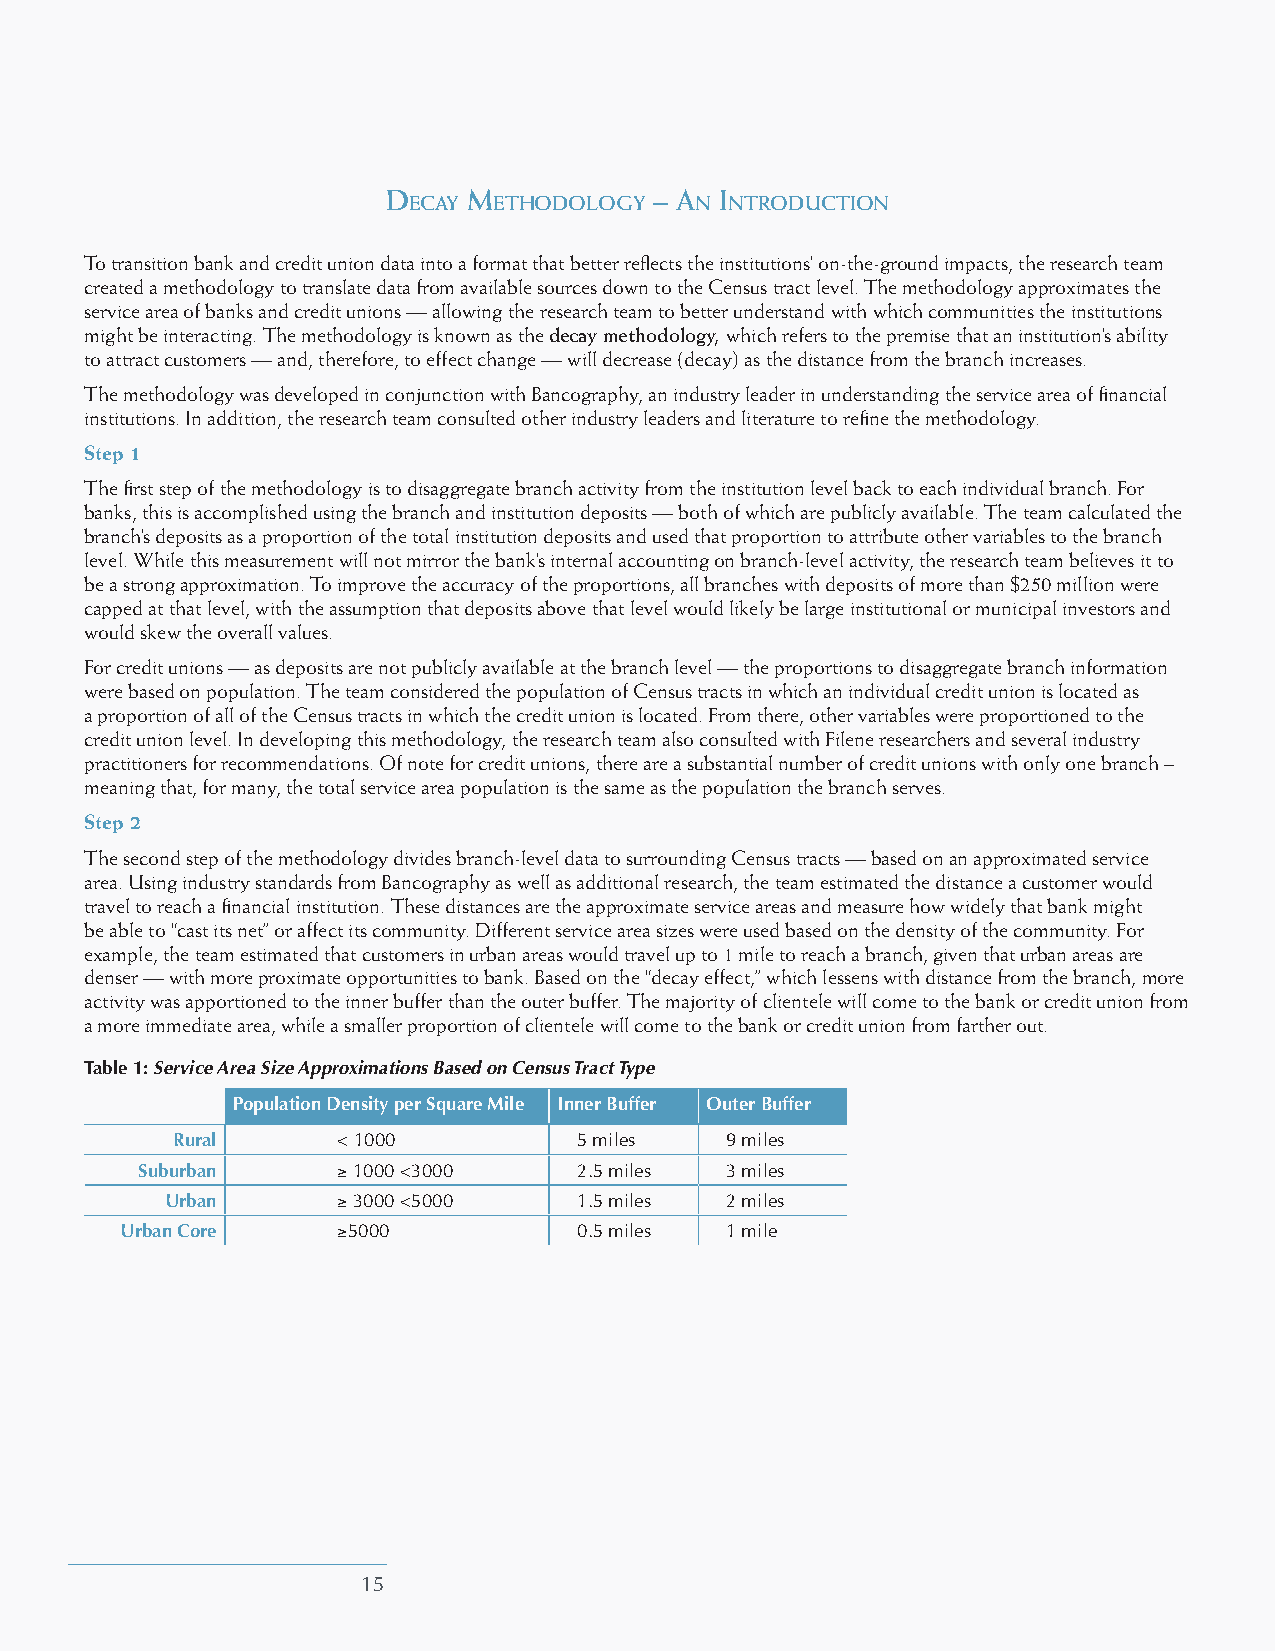
d    m           – a  I
 ecay  eThodology   n nTroducTIon
 To transition bank and credit union data into a format that better reflects the institutions’ on-the-ground impacts, the research team
 created a methodology to translate data from available sources down to the Census tract level. The methodology approximates the
 service area of banks and credit unions — allowing the research team to better understand with which communities the institutions
 might be interacting. The methodology is known as the decay methodology, which refers to the premise that an institution’s ability
 to attract customers — and, therefore, to effect change — will decrease (decay) as the distance from the branch increases.
 The methodology was developed in conjunction with Bancography, an industry leader in understanding the service area of financial
 institutions. In addition, the research team consulted other industry leaders and literature to refine the methodology.
 Step 1
 The first step of the methodology is to disaggregate branch activity from the institution level back to each individual branch. For
 banks, this is accomplished using the branch and institution deposits — both of which are publicly available. The team calculated the
 branch’s deposits as a proportion of the total institution deposits and used that proportion to attribute other variables to the branch
 level. While this measurement will not mirror the bank’s internal accounting on branch-level activity, the research team believes it to
 be a strong approximation. To improve the accuracy of the proportions, all branches with deposits of more than $250 million were
 capped at that level, with the assumption that deposits above that level would likely be large institutional or municipal investors and
 would skew the overall values.
 For credit unions — as deposits are not publicly available at the branch level — the proportions to disaggregate branch information
 were based on population. The team considered the population of Census tracts in which an individual credit union is located as
 a proportion of all of the Census tracts in which the credit union is located. From there, other variables were proportioned to the
 credit union level. In developing this methodology, the research team also consulted with Filene researchers and several industry
 practitioners for recommendations. Of note for credit unions, there are a substantial number of credit unions with only one branch –
 meaning that, for many, the total service area population is the same as the population the branch serves.
 Step 2
 The second step of the methodology divides branch-level data to surrounding Census tracts — based on an approximated service
 area. Using industry standards from Bancography as well as additional research, the team estimated the distance a customer would
 travel to reach a financial institution. These distances are the approximate service areas and measure how widely that bank might
 be able to “cast its net” or affect its community. Different service area sizes were used based on the density of the community. For
 example, the team estimated that customers in urban areas would travel up to 1 mile to reach a branch, given that urban areas are
 denser — with more proximate opportunities to bank. Based on the “decay effect,” which lessens with distance from the branch, more
 activity was apportioned to the inner buffer than the outer buffer. The majority of clientele will come to the bank or credit union from
 a more immediate area, while a smaller proportion of clientele will come to the bank or credit union from farther out.
 Table 1: Service Area Size Approximations Based on Census Tract Type
 Population Density per Square Mile Inner Buffer Outer Buffer
 Rural      < 1000          5 miles   9 miles
 Suburban     ≥ 1000 <3000    2.5 miles 3 miles
 Urban      ≥ 3000 <5000    1.5 miles 2 miles
 Urban Core    ≥5000           0.5 miles 1 mile
 15